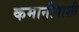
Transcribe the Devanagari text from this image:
कमानीपाशी